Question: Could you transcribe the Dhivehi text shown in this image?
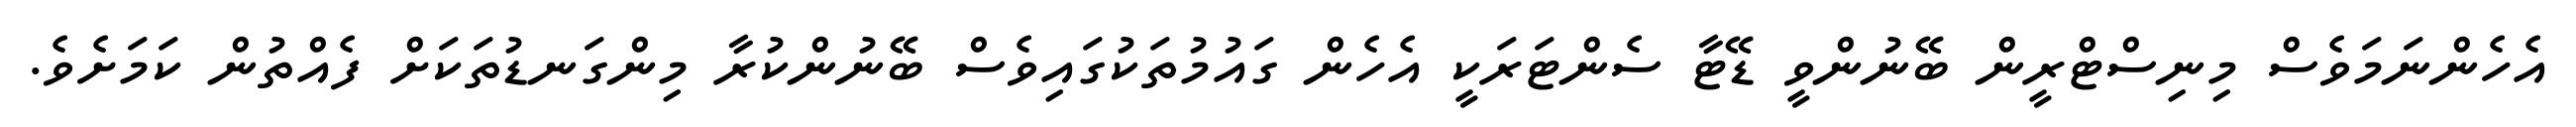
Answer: އެހެންނަމަވެސް މިނިސްޓްރީން ބޭނުންވީ ޑޭޓާ ސެންޓަރަކީ އެހެން ގައުމުތަކުގައިވެސް ބޭނުންކުރާ މިންގަނޑުތަކަށް ފެއްތުން ކަމަށެވެ.